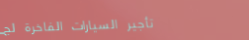
تأجير السيارات الفاخرة لج